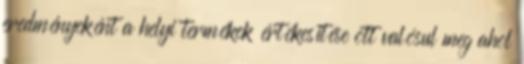
eredményeként a helyi termékek értékesítése ott valósul meg ahol